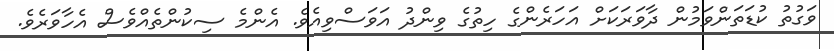
ވަގުތު ކުޑަތަންވަމުން ދާވަރަކަށް އަހަރެންގެ ހިތުގެ ވިންދު އަވަސްވިއެވެ. އެންމެ ސިކުންތެއްވެސް އެހާވަރެވެ.